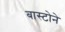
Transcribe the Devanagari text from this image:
बास्टोने